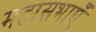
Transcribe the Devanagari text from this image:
महासभाएँ